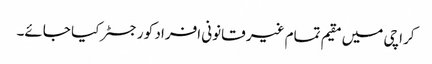
کراچی میں مقیم تمام غیر قانونی افراد کو رجسٹر کیا جائے۔